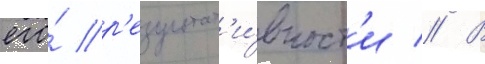
его́ р'езультат'и́вност'и // В